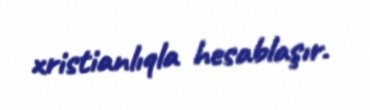
xristianlıqla hesablaşır.